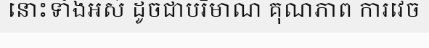
នោះទាំងអស់ ដូចជាបរិមាណ គុណភាព ការវេច